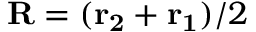
\mathbf { R } = ( \mathbf { r _ { 2 } } + \mathbf { r _ { 1 } } ) / 2